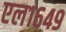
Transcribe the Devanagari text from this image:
एल१६४९